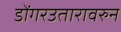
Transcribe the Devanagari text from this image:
डोंगरउतारावरुन